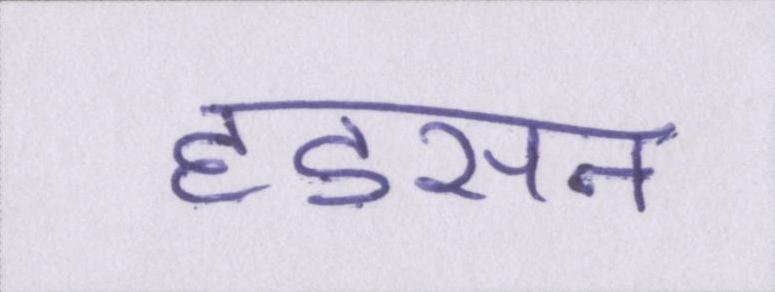
हडसन